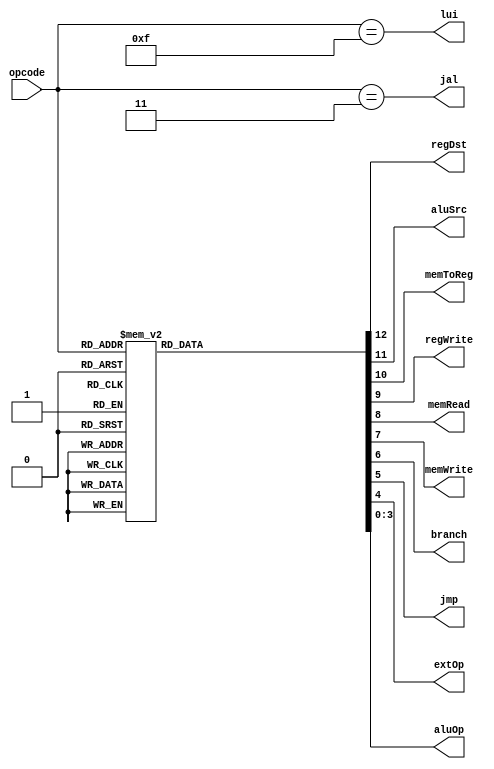
`timescale 1ns / 1ps
module MainCtr (
    input [5:0] opcode,
    output reg regDst,
    output reg aluSrc,
    output reg memToReg,
    output reg regWrite,
    output reg memRead,
    output reg memWrite,
    output reg branch,
    output reg jmp,
    output reg jal,
    output reg extOp,
    output reg [3:0] aluOp,
    output reg lui
);

always @(opcode) begin
    case(opcode)
        // 'j'
        6'b000010: begin
            {regDst, aluSrc, memToReg, regWrite, memRead, memWrite, branch, jmp, extOp, aluOp} = 
            13'b0_0_0_0_0_0_0_1_0_0000;
        end
        // 'jal'
        6'b000011: begin
            {regDst, aluSrc, memToReg, regWrite, memRead, memWrite, branch, jmp, extOp, aluOp} = 
            13'b0_0_0_1_0_0_0_1_0_0000;
        end

        // 'R' type
        6'b000000: begin
            {regDst, aluSrc, memToReg, regWrite, memRead, memWrite, branch, jmp, extOp, aluOp} = 
            13'b1_0_0_1_0_0_0_0_1_1111;
        end

        // 'I' type
        // 'lw'
        6'b100011: begin
            {regDst, aluSrc, memToReg, regWrite, memRead, memWrite, branch, jmp, extOp, aluOp} = 
            13'b0_1_1_1_1_0_0_0_1_0000;
        end

        // 'sw'
        6'b101011: begin
            {regDst, aluSrc, memToReg, regWrite, memRead, memWrite, branch, jmp, extOp, aluOp} = 
            13'b0_1_0_0_0_1_0_0_1_0000;
        end

        // 'beq'
        6'b000100: begin
            {regDst, aluSrc, memToReg, regWrite, memRead, memWrite, branch, jmp, extOp, aluOp} = 
            13'b0_0_0_0_0_0_1_0_1_0001;
        end

        // 'bne'
        6'b000101: begin
            {regDst, aluSrc, memToReg, regWrite, memRead, memWrite, branch, jmp, extOp, aluOp} = 
            13'b0_0_0_0_0_0_1_0_1_0110;
        end

        // 'addi'
        6'b001000: begin
            {regDst, aluSrc, memToReg, regWrite, memRead, memWrite, branch, jmp, extOp, aluOp} = 
            13'b0_1_0_1_0_0_0_0_1_0000;
        end

        // 'andi'
        6'b001100: begin
            {regDst, aluSrc, memToReg, regWrite, memRead, memWrite, branch, jmp, extOp, aluOp} = 
            13'b0_1_0_1_0_0_0_0_0_0100;
        end

        // 'ori'
        6'b001101: begin
            {regDst, aluSrc, memToReg, regWrite, memRead, memWrite, branch, jmp, extOp, aluOp} = 
            13'b0_1_0_1_0_0_0_0_0_0010;
        end

        // 'xori'
        6'b001110: begin
            {regDst, aluSrc, memToReg, regWrite, memRead, memWrite, branch, jmp, extOp, aluOp} = 
            13'b0_1_0_1_0_0_0_0_0_1100;
        end

        // 'slti'
        6'b001010: begin
            {regDst, aluSrc, memToReg, regWrite, memRead, memWrite, branch, jmp, extOp, aluOp} = 
            13'b0_1_0_1_0_0_0_0_1_0011;
        end

        // 'lui'
        6'b001111: begin
            {regDst, aluSrc, memToReg, regWrite, memRead, memWrite, branch, jmp, extOp, aluOp} = 
            13'b0_1_0_1_0_0_0_0_1_1011;
        end

        6'h18: begin // 'mult'
            {regDst, aluSrc, memToReg, regWrite, memRead, memWrite, branch, jmp, extOp, aluOp} = 
            13'b0_0_0_0_0_0_0_0_1_0000;
        end

        6'h1a: begin // 'div'
            {regDst, aluSrc, memToReg, regWrite, memRead, memWrite, branch, jmp, extOp, aluOp} = 
            13'b0_0_0_0_0_0_0_0_1_0000;
        end

        6'h10: begin // 'mfhi'
            {regDst, aluSrc, memToReg, regWrite, memRead, memWrite, branch, jmp, extOp, aluOp} = 
            13'b1_0_0_1_0_0_0_0_1_0000;
        end
        
        6'h12: begin // 'mflo'
            {regDst, aluSrc, memToReg, regWrite, memRead, memWrite, branch, jmp, extOp, aluOp} = 
            13'b1_0_0_1_0_0_0_0_1_0000;
        end

        default: begin
            {regDst, aluSrc, memToReg, regWrite, memRead, memWrite, branch, jmp, extOp, aluOp} = 
            0;
        end
    endcase

    jal = (opcode == 6'b000011);
    lui = (opcode == 6'b001111);
    

end
    
endmodule